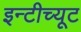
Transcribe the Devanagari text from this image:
इन्टीच्यूट